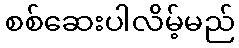
စစ်ဆေးပါလိမ့်မည်